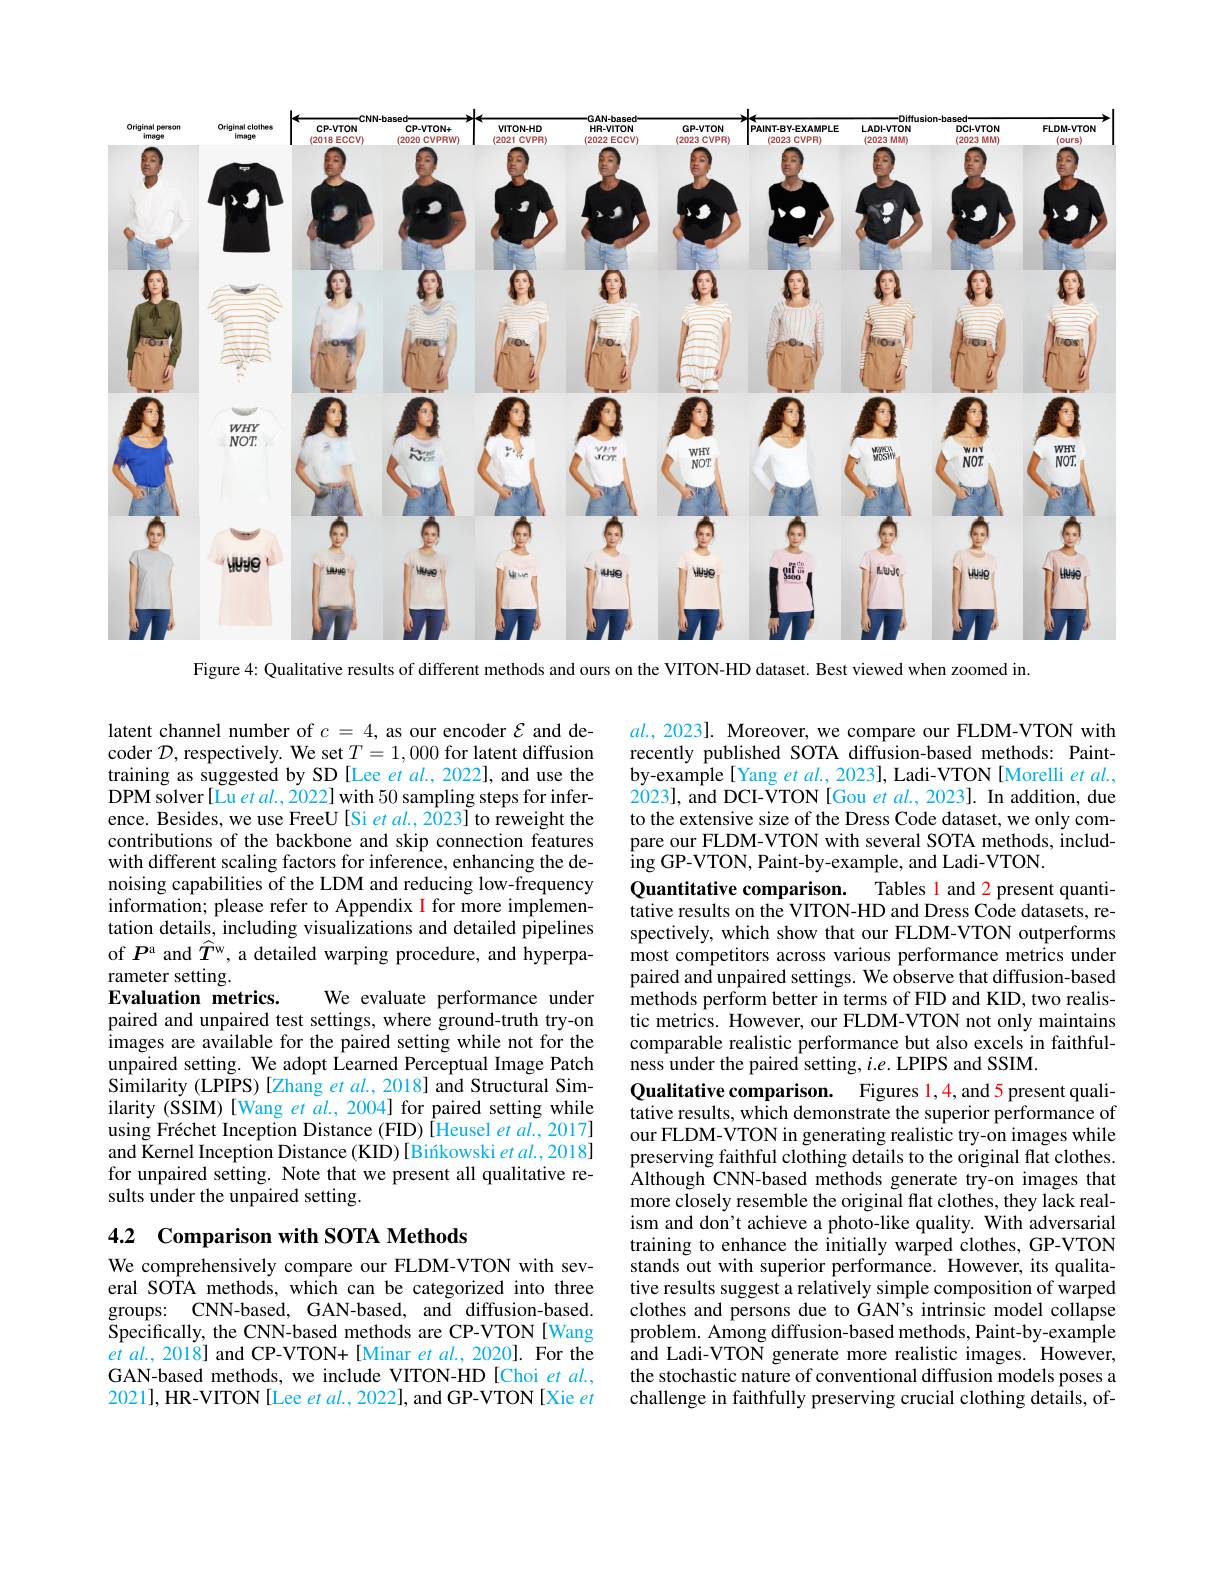
<FigureHere>
Figure 4: Qualitative results of different methods and ours on the VITON-HD dataset. Best viewed when zoomed in.

latent channel number of $c=4$, as our encoder $\mathcal{E}$ and decoder $\mathcal{D}$, respectively. We set $T=1,000$ for latent diffusion training as suggested by SD [Lee et al., 2022], and use the DPM solver[Lu et al., 2022] with 50 sampling steps for inference. Besides, we use FreeU [Si et al., 2023] to reweight the contributions of the backbone and skip connection features with different scaling factors for inference, enhancing the denoising capabilities of the LDM and reducing low-frequency information; please refer to Appendix I for more implementation details, including visualizations and detailed pipelines of $P^\mathrm{a}$ and $\widehat T^\mathrm{w}$, a detailed warping procedure, and hyperparameter setting.
We evaluate performance under
Evaluation metrics.
paired and unpaired test settings, where ground-truth try-on images are available for the paired setting while not for the unpaired setting. We adopt Learned Perceptual Image Patch Similarity (LPIPS) [Zhang et al., 2018] and Structural Similarity (SSIM)[Wang et $al.,2004]$ for paired setting while using Fréchet Inception Distance (FID) [Heusel et al., 2017] and Kernel Inception Distance (KID) [Biíkowski et al., 2018] for unpaired setting. Note that we present all qualitative results under the unpaired setting.

4.2 Comparison with SOTA Methods

We comprehensively compare our FLDM-VTON with several SOTA methods, which can be categorized into three groups: CNN-based, GAN-based, and diffusion-based. Specifically, the CNN-based methods are CP-VTON[Wang $etal.,2018]$ and CP-VTON+[Minar et al.,2020]. For the GAN-based methods, we include VITON-HD[Choi et $al.$, 2021], HR-VITON[Lee $etal.$, 2022], and GP-VTON[Xie $et$

$al.$, 2023]. Moreover, we compare our FLDM-VTON with recently published SOTA diffusion-based methods: Paintby-example[Yang $etal.,2023]$, Ladi-VTON[Morelli $etal.$, 2023], and DCI-VTON[Gou et $al.,2023].$ In addition, due to the extensive size of the Dress Code dataset, we only compare our FLDM-VTON with several SOTA methods, includ- $\operatorname{ing}$GP-VTON, Paint-by-example, and Ladi-VTON.
Quantitative comparison.
Tables l and 2 present quanti-
tative results on the VITON-HD and Dress Code datasets, respectively, which show that our FLDM-VTON outperforms most competitors across various performance metrics under paired and unpaired settings. We observe that diffusion-based methods perform better in terms of FID and KID, two realistic metrics. However, our FLDM-VTON not only maintains comparable realistic performance but also excels in faithfulness under the paired setting, $i.e.$ LPIPS and SSIM.
Qualitative comparison. Figures 1,4,and 5 present qualitative results, which demonstrate the superior performance of our FLDM-VTON in generating realistic try-on images while preserving faithful clothing details to the original flat clothes. Although CNN-based methods generate try-on images that more closely resemble the original flat clothes, they lack realism and don't achieve a photo-like quality. With adversarial training to enhance the initially warped clothes, GP-VTON stands out with superior performance. However, its qualitative results suggest a relatively simple composition of warped clothes and persons due to GAN's intrinsic model collapse problem. Among diffusion-based methods, Paint-by-example and Ladi-VTON generate more realistic images. However, the stochastic nature of conventional diffusion models poses a challenge in faithfully preserving crucial clothing details, of-